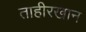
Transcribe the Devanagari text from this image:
ताहीरखान